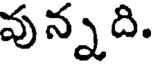
వున్నది.